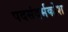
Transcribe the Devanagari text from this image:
पदसंदर्भकोश